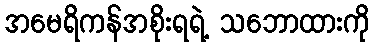
အမေရိကန်အစိုးရရဲ့ သဘောထားကို